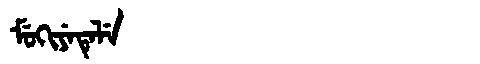
Manchu: ᠮᡠᡴᡳᠶᡝᡨᡝᠯᡝ
Romanization: MUKIYETELE